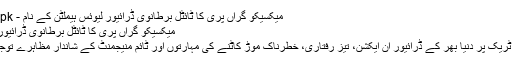
میکسیکو گراں پری کا ٹائٹل برطانوی ڈرائیور لیوئس ہیملٹن کے نام - NewsAlert.com.pk
میکسیکو گراں پری کا ٹائٹل برطانوی ڈرائیور لیوئس ہیملٹن کے نام
میکسیکو کے ایف ون ٹریک پر دنیا بھر کے ڈرائیور اِن ایکشن، تیز رفتاری، خطرناک موڑ کاٹنے کی مہارتوں اور ٹائم منیجمنٹ کے شاندار مظاہرے توجہ کا مرکز بنے رہے۔